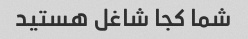
شما کجا شاغل هستید